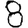
Digit: 8